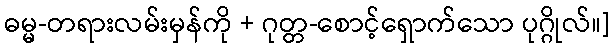
ဓမ္မ-တရားလမ်းမှန်ကို + ဂုတ္တ-စောင့်ရှောက်သော ပုဂ္ဂိုလ်။]